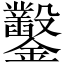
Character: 鑿